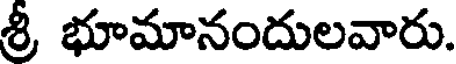
శ్రీ భూమానందులవారు.